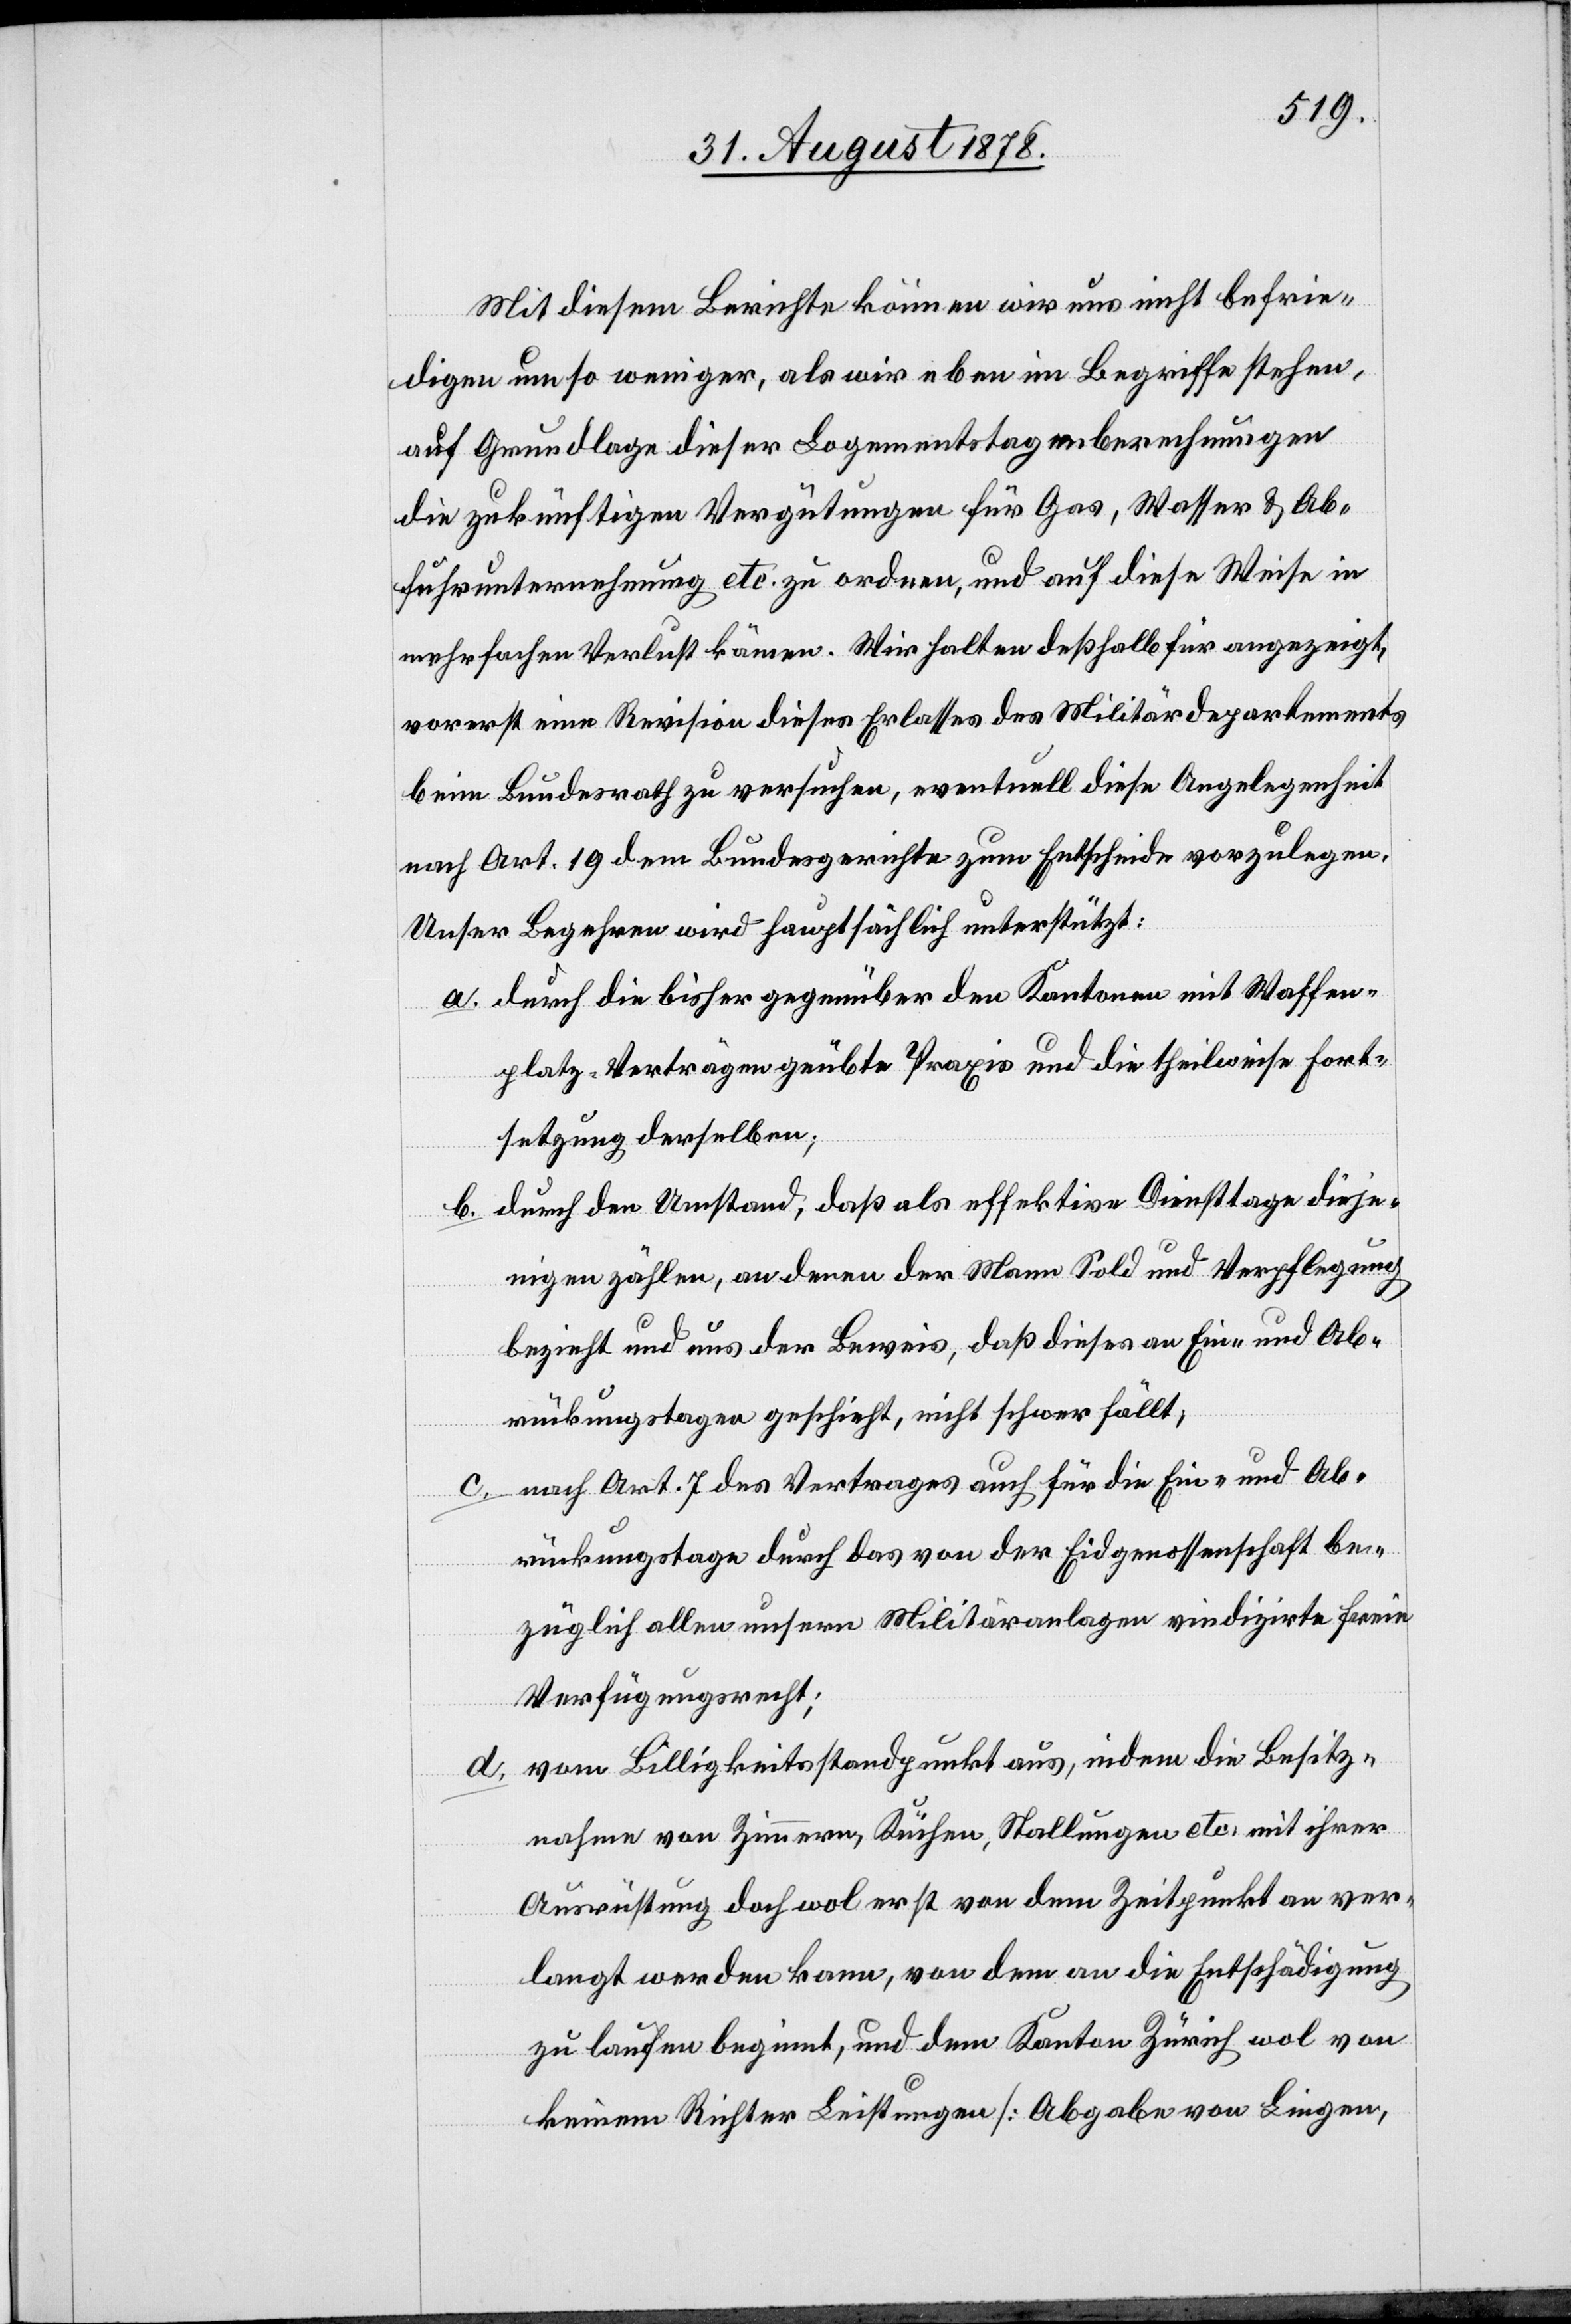
Mit diesem Berichte können wir uns nicht befrie¬
d.
digen umso weniger, als wir eben im Begriffe stehen,
auf Grundlage dieser Logementstagesberechnungen
die zukünftigen Vergütungen für Gas, Wasser & Ab¬
fuhrunternehmung etc. zu ordnen, und auf diese Weise in
mehrfachen Verlust kämen. Wir halten deßhalb für angezeigt,
vorerst eine Revision dieses Erlasses des Militärdepartements
beim Bundesrath zu versuchen, eventuell diese Angelegenheit
nach Art. 19 dem Bundesgerichte zum Entscheide vorzulegen.
Unser Begehren wird hauptsächlich unterstützt:
durch die bisher gegenüber den Kantonen mit Waffen¬
platz-Verträgen geübte Praxis und die theilweise Fort¬
setzung derselben;
durch den Umstand, daß als effektive Diensttage dieje¬
nigen zählen, an denen der Mann Sold und Verpflegung
bezieht und uns der Beweis, daß dieses an Ein- und Ab¬
rückungstagen geschieht, nicht schwer fällt;
nach Art. 7 des Vertrages auch für die Ein- und Ab¬
rückungstage durch das von der Eidgenossenschaft be¬
züglich allen unsern Militäranlagen vindizirte freie
Verfügungsrecht;
vom Billigkeitsstandpunkt aus, indem die Besitz¬
nahme von Zimmern, Küchen, Stallungen etc. mit ihrer
Ausrüstung doch wol erst von dem Zeitpunkt an ver¬
langt werden kann, von dem an die Entschädigung
zu laufen beginnt, und dem Kanton Zürich wol von
keinem Richter Leistungen [Abgabe von Liegen,